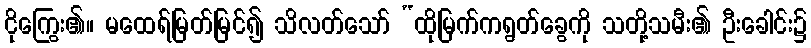
ငိုကြွေး၏။ မထေရ်မြတ်မြင်၍ သိလတ်သော် “ထိုမြက်ကရွတ်ခွေကို သတို့သမီး၏ ဦးခေါင်း၌